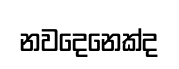
නවදෙනෙක්ද